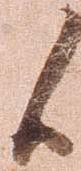
候